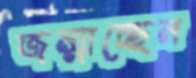
জন্মাচ্ছেন